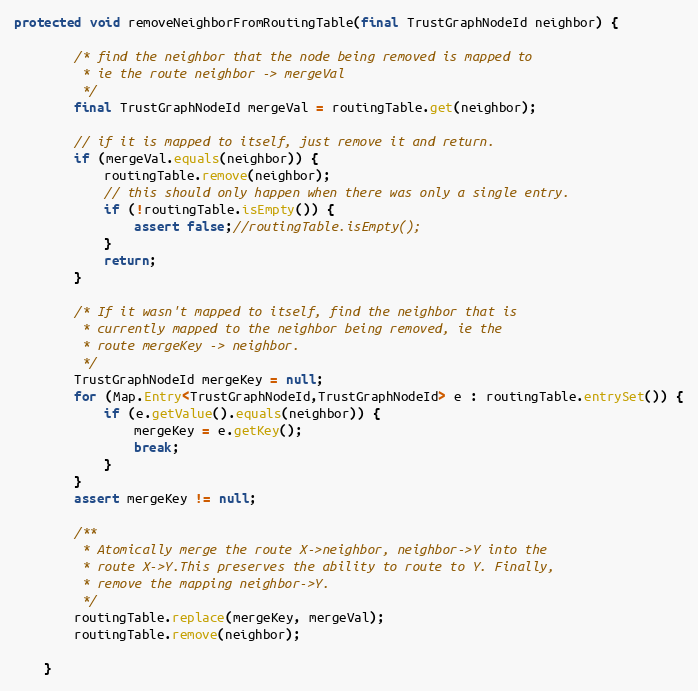
Language: Java
protected void removeNeighborFromRoutingTable(final TrustGraphNodeId neighbor) {

        /* find the neighbor that the node being removed is mapped to
         * ie the route neighbor -> mergeVal
         */
        final TrustGraphNodeId mergeVal = routingTable.get(neighbor);

        // if it is mapped to itself, just remove it and return.
        if (mergeVal.equals(neighbor)) {
            routingTable.remove(neighbor);
            // this should only happen when there was only a single entry.
            if (!routingTable.isEmpty()) {
                assert false;//routingTable.isEmpty();
            }
            return;
        }

        /* If it wasn't mapped to itself, find the neighbor that is
         * currently mapped to the neighbor being removed, ie the
         * route mergeKey -> neighbor.
         */
        TrustGraphNodeId mergeKey = null;
        for (Map.Entry<TrustGraphNodeId,TrustGraphNodeId> e : routingTable.entrySet()) {
            if (e.getValue().equals(neighbor)) {
                mergeKey = e.getKey();
                break;
            }
        }
        assert mergeKey != null;

        /**
         * Atomically merge the route X->neighbor, neighbor->Y into the
         * route X->Y.This preserves the ability to route to Y. Finally,
         * remove the mapping neighbor->Y.
         */
        routingTable.replace(mergeKey, mergeVal);
        routingTable.remove(neighbor);

    }